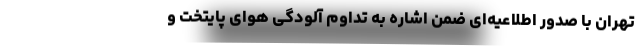
تهران با صدور اطلاعیه‌ای ضمن اشاره به تداوم آلودگی هوای پایتخت و